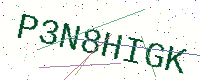
Text: P3N8HIGK